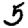
Digit: 5